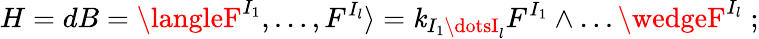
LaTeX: H=dB=\langleF^{I_{1}},\dots,F^{I_{l}}\rangle=\mathit{k}_{I_{1}\dotsI_{l}}F^{I_{1}}\wedge\dots\wedgeF^{I_{l}}\; ;